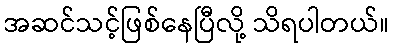
အဆင်သင့်ဖြစ်နေပြီလို့ သိရပါတယ်။